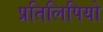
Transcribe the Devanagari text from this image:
प्रतिलिपियो